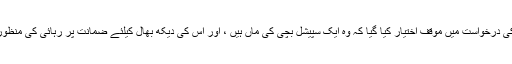
فریال تالپور کی درخواست میں موقف اختیار کیا گیا کہ وہ ایک سپیشل بچی کی ماں ہیں ، اور اس کی دیکھ بھال کیلئے ضمانت پر رہائی کی منظوری دی جائے۔